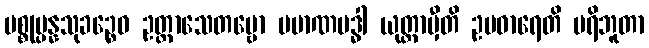
ပစ္စုပ္ပန္နသုခဉ္စေဝ ဥတ္တာသေတဗ္ဗော ပမာဏဗဒ္ဓါ ယုတ္တာမှီတိ ဥပဓာရေတိ ပရိဘူတာ